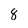
Character: 8